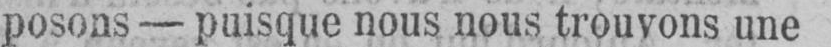
posons - puisque nous nous trouvons une